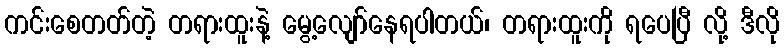
ကင်းစေတတ်တဲ့ တရားထူးနဲ့ မွေ့လျော်နေရပါတယ်၊ တရားထူးကို ရပေပြီ လို့ ဒီလို